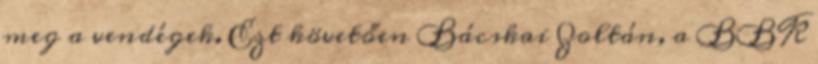
meg a vendégek. Ezt követően Bácskai Zoltán, a BBK